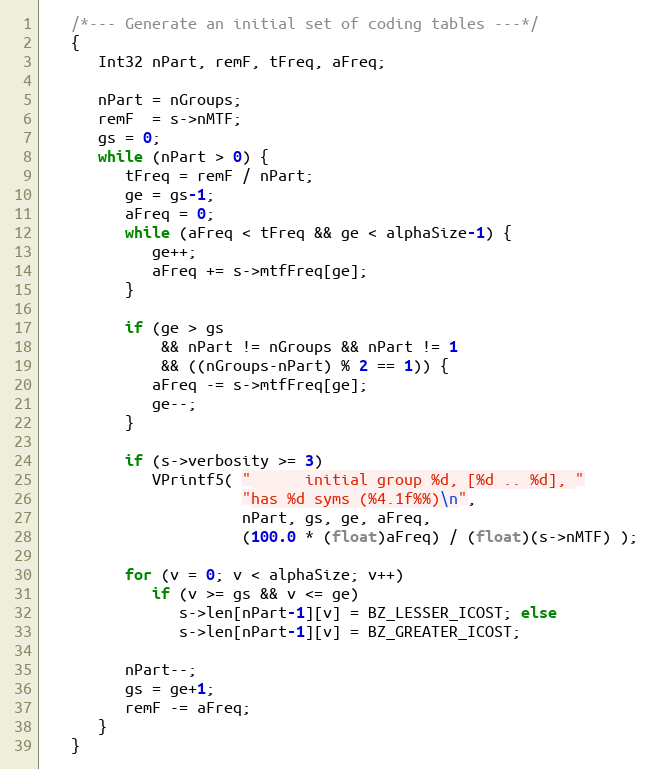
Language: C
   /*--- Generate an initial set of coding tables ---*/
   {
      Int32 nPart, remF, tFreq, aFreq;

      nPart = nGroups;
      remF  = s->nMTF;
      gs = 0;
      while (nPart > 0) {
         tFreq = remF / nPart;
         ge = gs-1;
         aFreq = 0;
         while (aFreq < tFreq && ge < alphaSize-1) {
            ge++;
            aFreq += s->mtfFreq[ge];
         }

         if (ge > gs
             && nPart != nGroups && nPart != 1
             && ((nGroups-nPart) % 2 == 1)) {
            aFreq -= s->mtfFreq[ge];
            ge--;
         }

         if (s->verbosity >= 3)
            VPrintf5( "      initial group %d, [%d .. %d], "
                      "has %d syms (%4.1f%%)\n",
                      nPart, gs, ge, aFreq,
                      (100.0 * (float)aFreq) / (float)(s->nMTF) );

         for (v = 0; v < alphaSize; v++)
            if (v >= gs && v <= ge)
               s->len[nPart-1][v] = BZ_LESSER_ICOST; else
               s->len[nPart-1][v] = BZ_GREATER_ICOST;

         nPart--;
         gs = ge+1;
         remF -= aFreq;
      }
   }